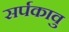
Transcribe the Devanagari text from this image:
सर्पकावु